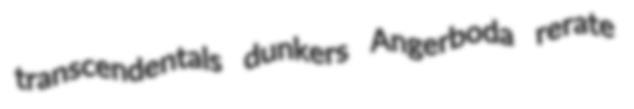
transcendentals dunkers Angerboda rerate